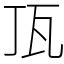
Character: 㼗